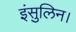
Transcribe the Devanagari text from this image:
इंसुलिन।